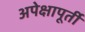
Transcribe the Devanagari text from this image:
अपेक्षापूर्ती